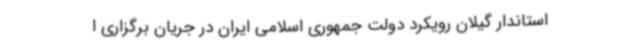
استاندار گیلان رویکرد دولت جمهوری اسلامی ایران در جریان برگزاری ا